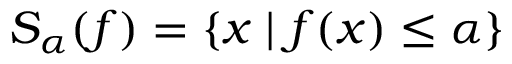
S _ { \alpha } ( f ) = \{ x \mid f ( x ) \leq \alpha \}